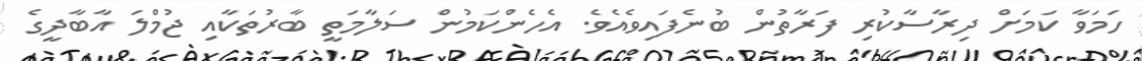
ހަމަވާ ކަމަށް ދިރާސާކުރި ފަރާތުން ބުނެފައިވެއެވެ. އެހެންކަމުން ސަލާމަތީ ބާރުތަކާއި ޖުމްލަ އާބާދީގެ